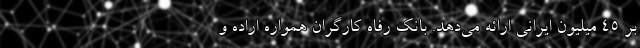
بر ۴۵ میلیون ایرانی ارائه می‌دهد. بانک رفاه کارگران همواره اراده و